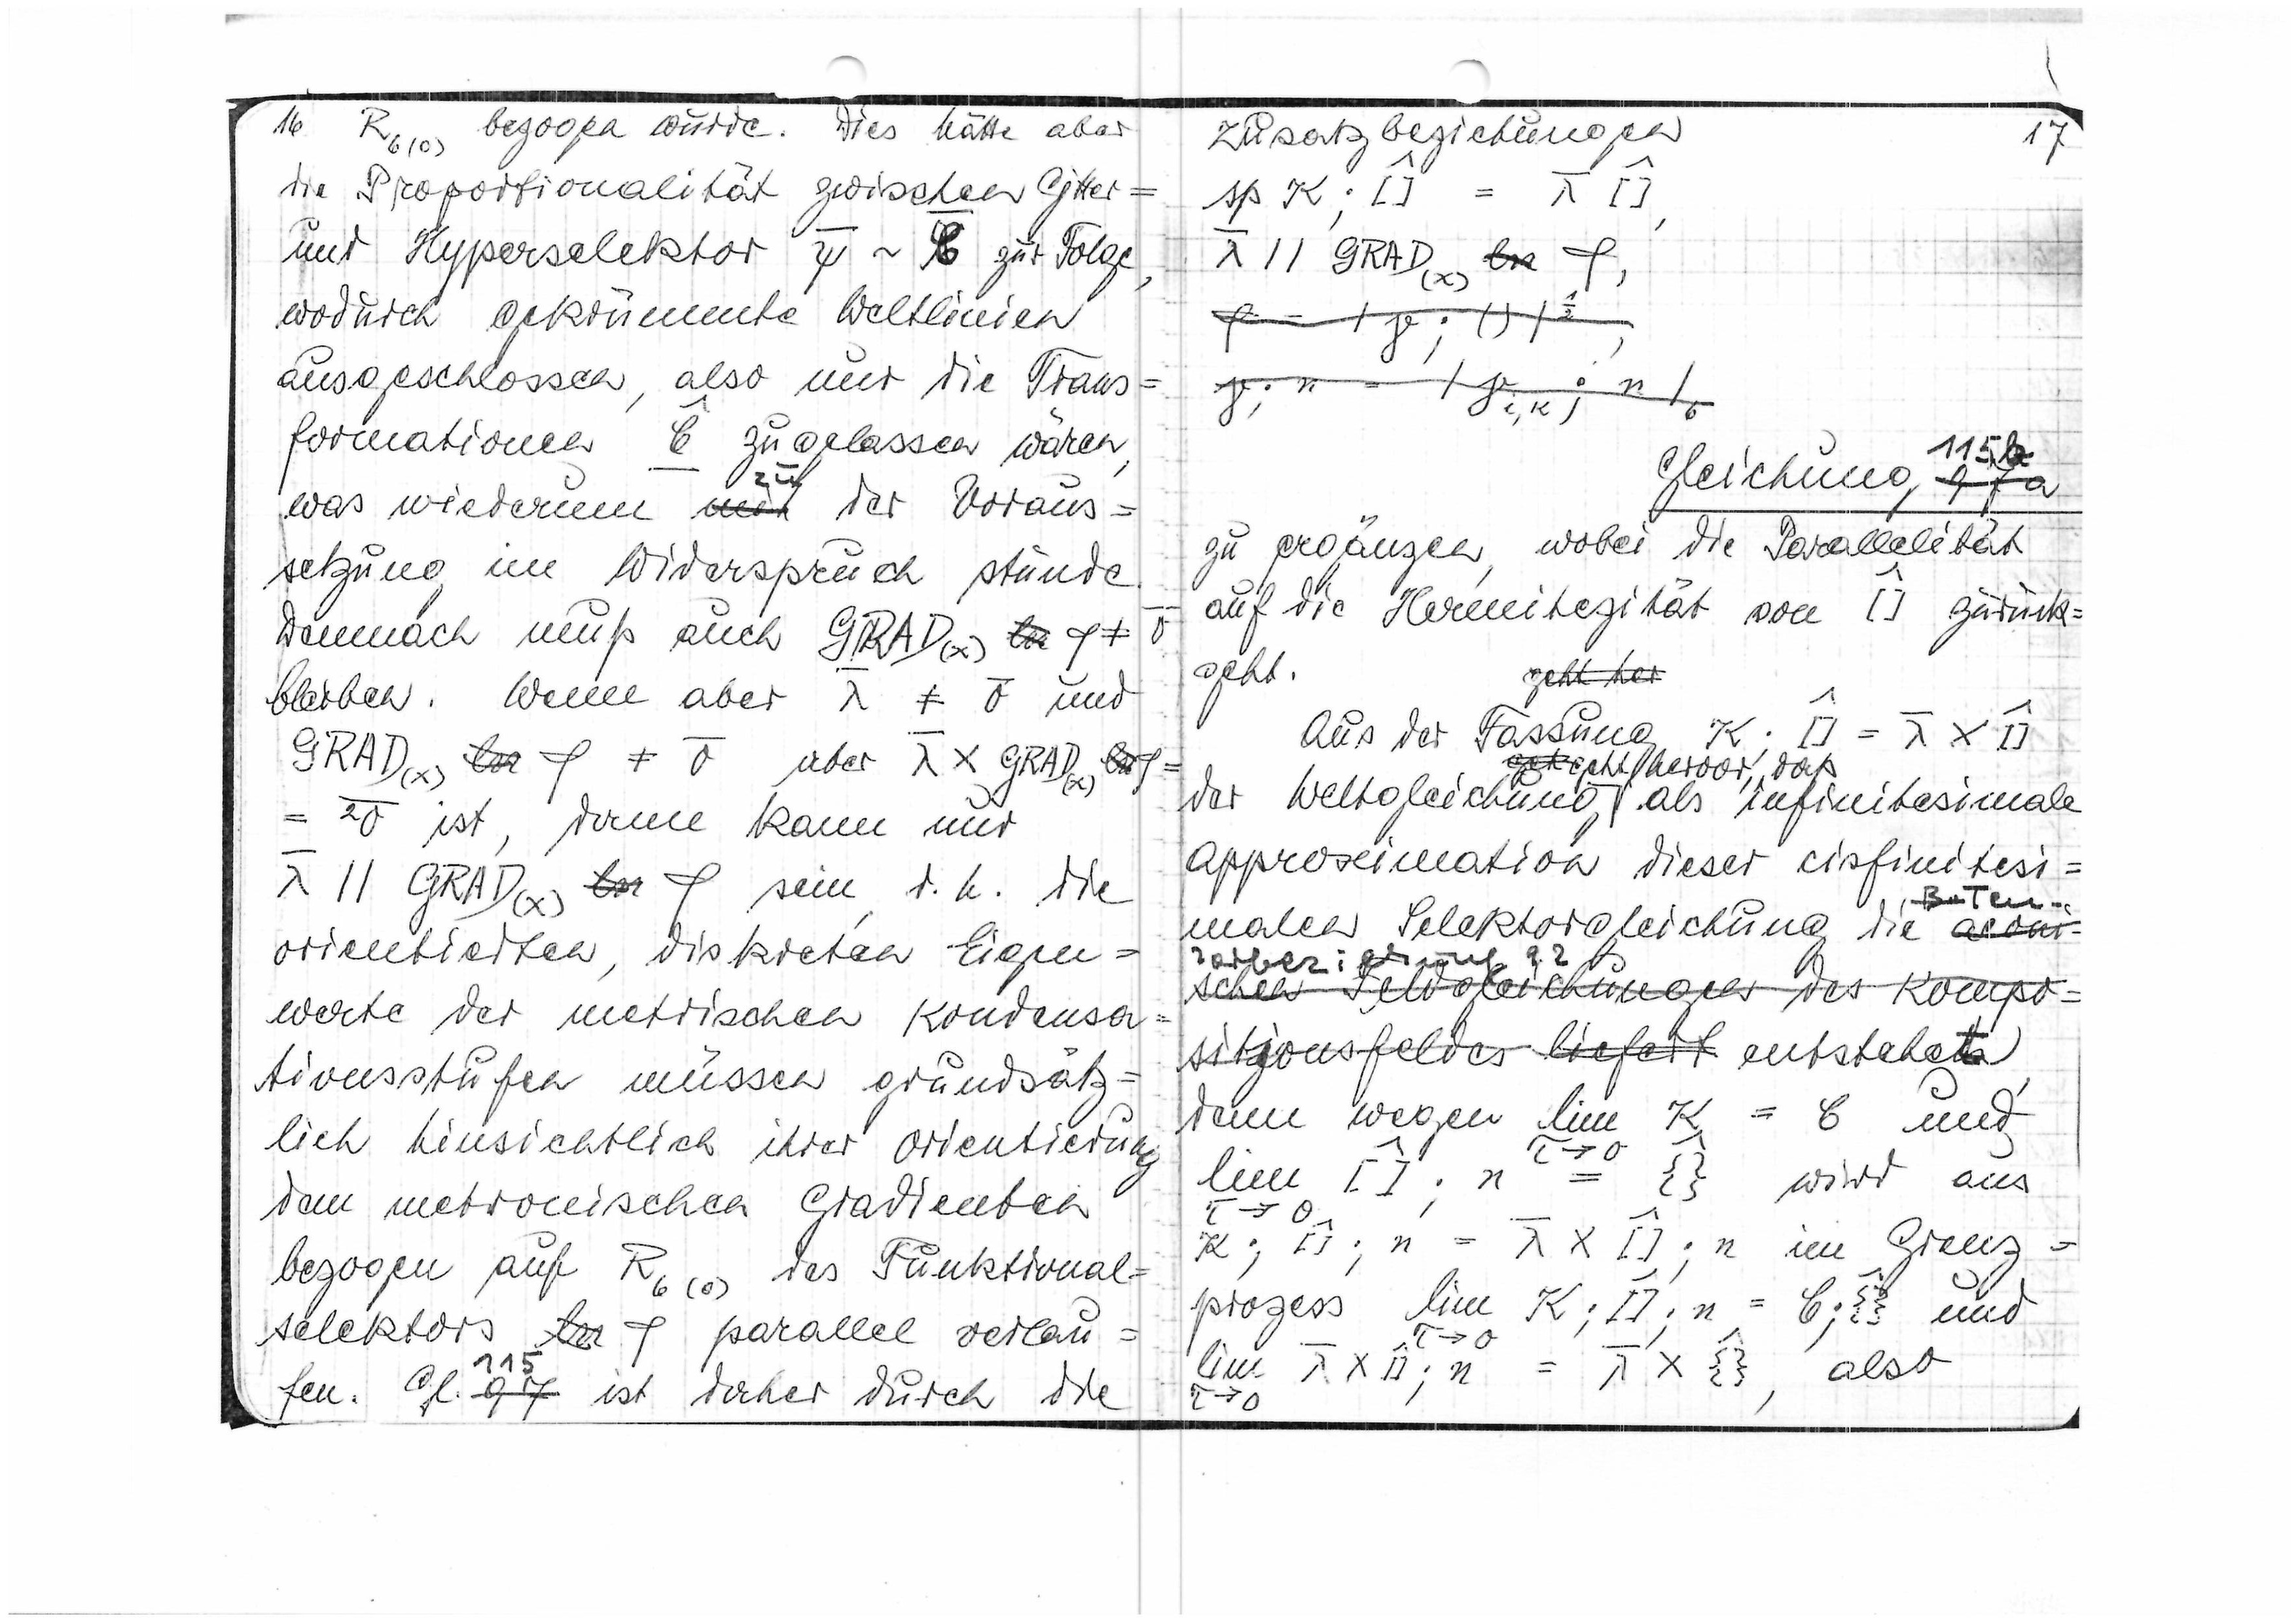
16 R6(0) bezogen würde. Dies hätte aber
die Proportionalität zwischen Gitter-
und Hyperselektor ψ ~ φ zur Folge
wodurch gekrümmte Weltlinien
ausgeschlossen, also nur die Trans
formationen ξ zugelassen wären
zu
was wiederum der Voraus=
setzung im Widerspruch stünde.
Demnach muß auch GRAD(x) φ≠
bleiben. Wenn aber λ ≠ σ und
GRAD(x) φ≠σ oder λ x GRAD
= 2σ ist, dann kann nur
λ || GRAD(x)φ sein, d.h. die
orientierten, diskreten Eigen=
werte der metrische Kondensa
tionsstufen müssen grundsätz=
lich hinsichtlich ihrer Orientierung
dem metronischen Gradienten
bezogen auf R6(0) des Funktional=
=
selektors φ
parallel verlau
fen. Gl. 115 ist vorher durch die

zusatzbedinungen
17
Δp K;[] = λ[]
λ|| GRAD(x) φ
115
Gleichung
zu ergänzen, wobei die Parallelität
auf die Hermitizität von [] zurück=
geht.
Aus der Fassung
geht hervor, daß
der Weltgleichung als infinitesimale
Approximation dieser cisfinitesi
malen Selektorgleichung die
denn wegen lim K = ξ und
lim [];n = {} wird aus
τ→0
=
K;[];n=λ x []; n im Grenz
prozess lim K;[];n = ξ;{} und
lim λ x [];n = λx {}, also
0